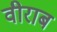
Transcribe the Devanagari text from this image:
वीराब